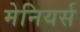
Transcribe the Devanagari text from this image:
मेनियर्स